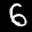
Label: 6